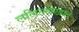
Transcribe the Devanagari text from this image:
ललितलेखात